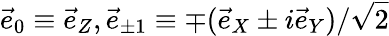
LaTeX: \vec{e}_{0}\equiv\vec{e}_{Z},\vec{e}_{\pm 1}\equiv\mp(\vec{e}_{X}\pm i\vec{e}_{Y})/\sqrt{2}